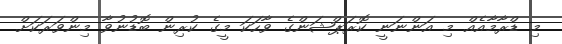
މި ޑްރާމާއެއް މި އަންނަނީ ކޮރަޕްޝަންގެ ވާހަކަ މީގެ ކުރިން ބޮޑުނުވާ މިންވަރަކަށް